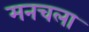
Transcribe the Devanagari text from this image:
मनचला